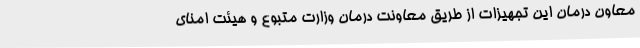
معاون درمان این تجهیزات از طریق معاونت درمان وزارت متبوع و هیئت امنای